Report on the bubonic plague in Bombay, 1896-1897
Year: 1896
Disease focus: Plague
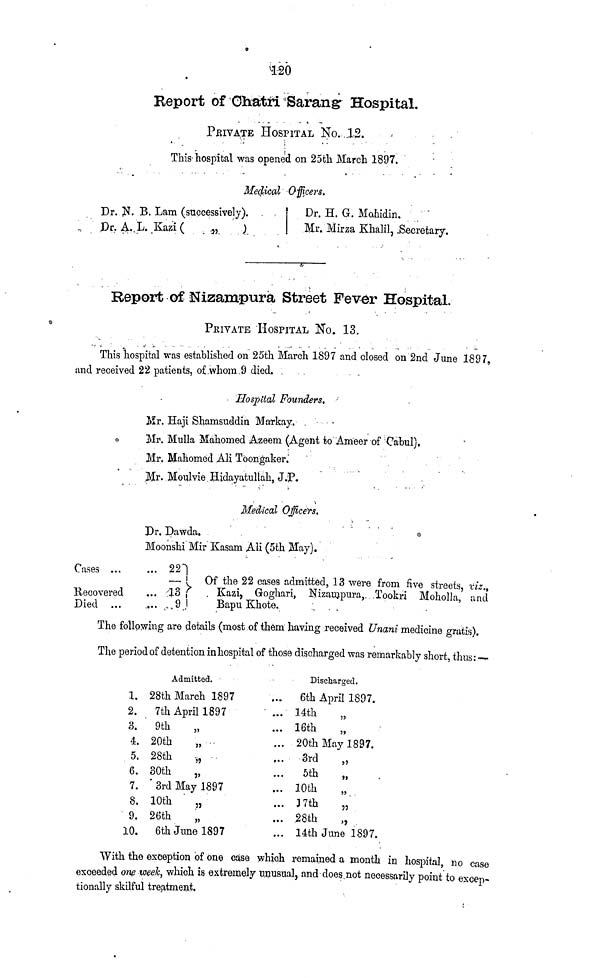
120
Report of Chatri Sarang Hospital.
PRIVATE HOSPITAL No. 12.
This hospital was opened on 25th March 1897.
Medical Officers.
Dr. N. B. Lam (successively).
Dr. A. L. Kazi (
„
)
Dr. H. G. Mahidin.
Mr. Hirza Khalil, Secretary.
Report of Nizampura Street Fever Hospital.
PRIVATE HOSPITAL No. 13.
This hospital was established on 25th March 1897 and closed on 2nd June 1897,
and received 22 patients, of whom 9 died.
Hospital Founders.
Mr. Haji Shamsuddin Markay.
Mr. Mulla Mahomed Azeem (Agent to Ameer of Cabul),
Mr. Mahomed Ali Toongaker.
Mr. Moulvie Hidayatullah, J.P.
Medical Officers.
Dr. Dawda.
Moonshi Mir Kasam Ali (5th May).
Cases ...
Recovered
Died
... 22
...
13
...
9
Of the 22 cases admitted, 13 were from five streets, viz..
Kazi, Goghari, Nizampura, Tookri Moholla, and
Bapu Khote.
The following are details (most of them having received Unani medicine gratis).
The period of detention inhospital of those discharged was remarkably short, thus :—
Admitted.
1. 28th March 1897
2.
7th April 1897
3.
9th
„
4. 20th
„
5. 28th
„
6. 30th
„
7.
3rd May 1897
8. 10th
„
9. 26th
„
10.
6th June 1897
...
...
...
...
...
...
.·.
...
...
...
Discharged.
6th April 1897.
14th „
16th
20th May 1897.
3rd
„
5th
„
10th
17th
„
28th
„
14th June 1897.
With the exception of one case which remained a month in hospital, no case
exceeded one week, which is extremely unusual, and does not necessarily point to excep-
tionally skilful treatment.